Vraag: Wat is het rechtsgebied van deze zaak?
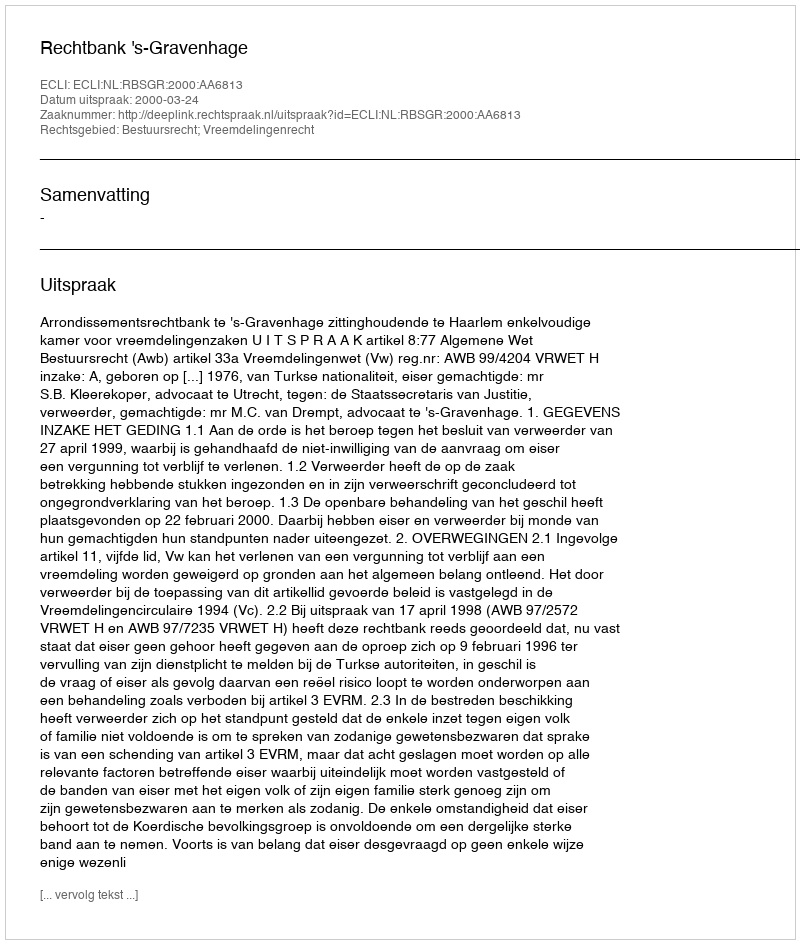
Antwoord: Bestuursrecht; Vreemdelingenrecht